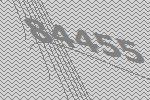
84455